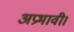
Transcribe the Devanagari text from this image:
अप्रभावी।